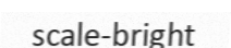
scale-bright